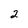
Character: 2